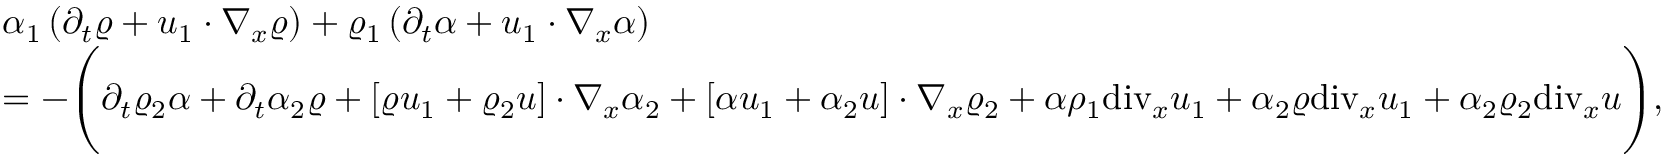
\begin{array} { r l } & { \alpha _ { 1 } \left( \partial _ { t } \varrho + u _ { 1 } \cdot \nabla _ { x } \varrho \right) + \varrho _ { 1 } \left( \partial _ { t } \alpha + u _ { 1 } \cdot \nabla _ { x } \alpha \right) } \\ & { = - \Bigg ( \partial _ { t } \varrho _ { 2 } \alpha + \partial _ { t } \alpha _ { 2 } \varrho + [ \varrho u _ { 1 } + \varrho _ { 2 } u ] \cdot \nabla _ { x } \alpha _ { 2 } + [ \alpha u _ { 1 } + \alpha _ { 2 } u ] \cdot \nabla _ { x } \varrho _ { 2 } + \alpha \rho _ { 1 } \mathrm { d i v } _ { x } u _ { 1 } + \alpha _ { 2 } \varrho \mathrm { d i v } _ { x } u _ { 1 } + \alpha _ { 2 } \varrho _ { 2 } \mathrm { d i v } _ { x } u \Bigg ) , } \end{array}